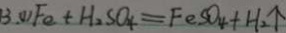
1 3 . ( 1 ) F e + H _ { 2 } S O _ { 4 } = F e S O _ { 4 } + H _ { 2 } \uparrow